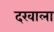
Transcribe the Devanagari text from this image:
दरवाला